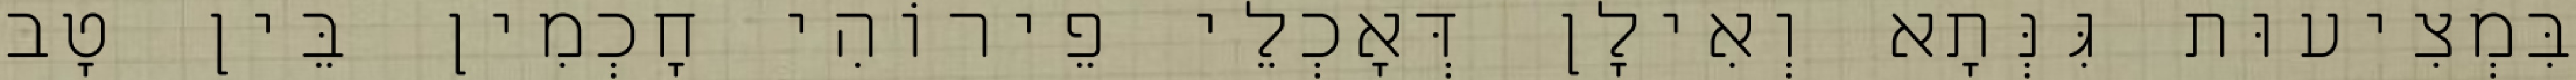
בִּמְצִיעוּת גִּנְּתָא וְאִילָן דְּאָכְלֵי פֵירוֹהִי חָכְמִין בֵּין טָב